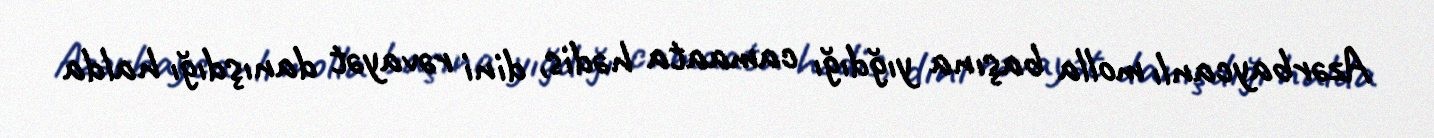
Azərbaycanlı molla başına yığdığı camaata hədis, dini rəvayət danışdığı halda